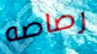
رصاصه